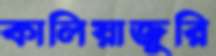
কালিয়াজুরি